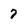
Character: 7